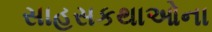
સાહસકથાઓના